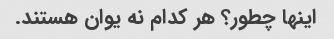
اینها چطور؟ هر کدام نه یوان هستند.